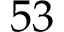
5 3